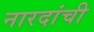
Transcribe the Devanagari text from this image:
नारदांची